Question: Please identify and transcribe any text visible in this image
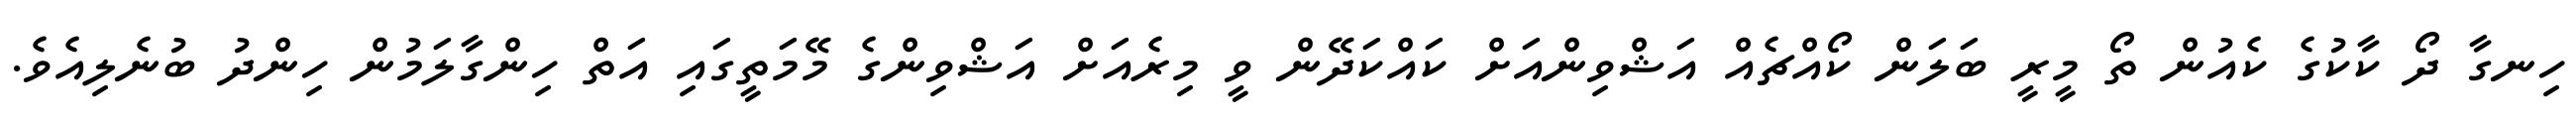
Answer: ހިނގާ ދޯ ކާކުގެ ކެއުން ތޯ މީރީ ބަލަން ކޯއްޗެއް އަޝްވިންއަށް ކައްކަދޭން ވީ މިރެއަށް އަޝްވިންގެ މޭމަތީގައި އަތް ހިންގާލަމުން ހިންދު ބުނެލިއެވެ.